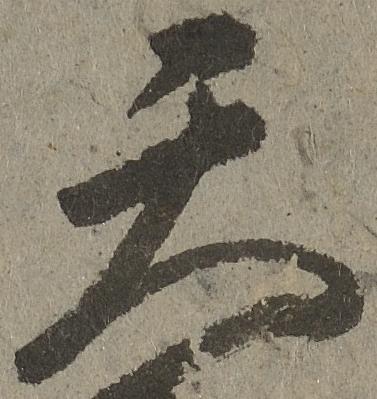
天